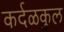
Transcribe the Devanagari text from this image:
कर्दळकुल